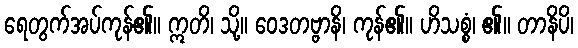
ရေတွက်အပ်ကုန်၏။ ဣတိ၊ သို့။ ဝေဒတဗ္ဗာနိ၊ ကုန်၏။ ဟိသစ္စံ၊ ၏။ တာနိပိ၊